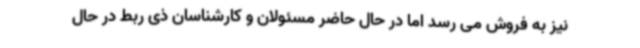
نیز به فروش می رسد اما در حال حاضر مسئولان و کارشناسان ذی ربط در حال